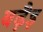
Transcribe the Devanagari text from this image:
बढ़ैइ